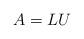
LaTeX: \begin{align*}A = LU\end{align*}